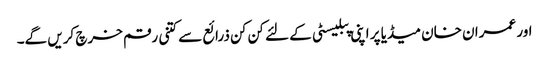
اور عمران خان میڈیا پر اپنی پبلیسٹی کے لئے کن کن ذرائع سے کتنی رقم خرچ کریں گے۔